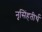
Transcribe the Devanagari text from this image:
नृसिंहतीर्थ